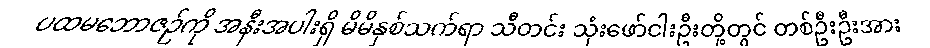
ပထမဘောဇဉ်ကို အနီးအပါးရှိ မိမိနှစ်သက်ရာ သီတင်း သုံးဖော်ငါးဦးတို့တွင် တစ်ဦးဦးအား